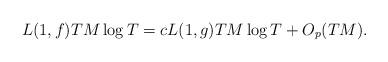
LaTeX: \begin{align*}L(1, f) T M \log T = c L(1, g) T M \log T + O_p(T M).\end{align*}